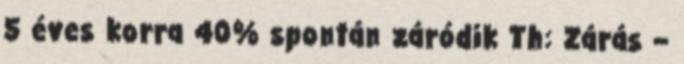
5 éves korra 40% spontán záródik Th: Zárás –